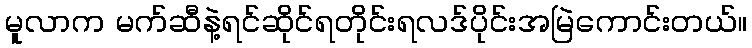
မူလာက မက်ဆီနဲ့ရင်ဆိုင်ရတိုင်းရလဒ်ပိုင်းအမြဲကောင်းတယ်။